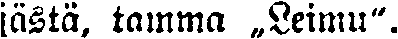
jästä, tamma „Leimu".